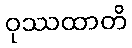
ဝုဿထာတိ